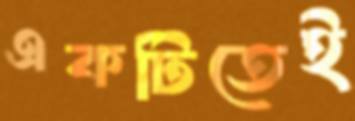
একটিতেই